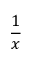
\frac { 1 } { x }